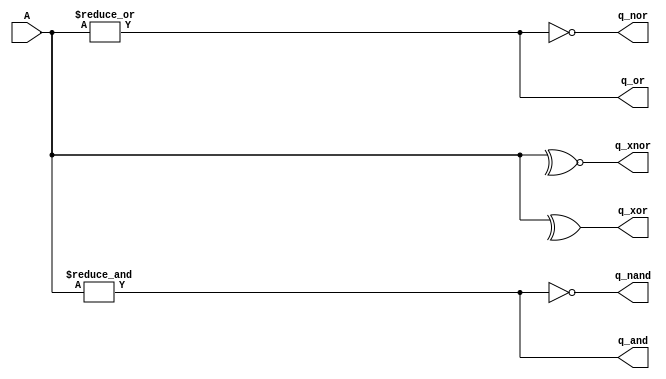

module test_logic
  #(parameter WID = 4)
   (input wire [WID-1:0] A,
    output q_and, q_or, q_xor, q_nand, q_nor, q_xnor);

   assign q_and =  & A;
   assign q_or  =  | A;
   assign q_xor =  ^ A;
   assign q_nand= ~& A;
   assign q_nor = ~| A;
   assign q_xnor= ~^ A;

endmodule // test_logic